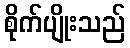
စိုက်ပျိုးသည်